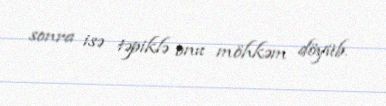
sonra isə təpiklə onu möhkəm döyüb.